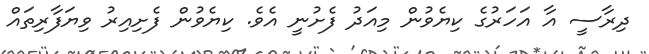
ދިރާސީ އާ އަހަރުގެ ކިޔެވުން މިއަދު ފެށުނީ އެވެ. ކިޔެވުން ފެށިއިރު ވިޔަފާރިތައް